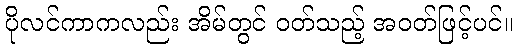
ပိုလင်ကာကလည်း အိမ်တွင် ဝတ်သည့် အဝတ်ဖြင့်ပင်။